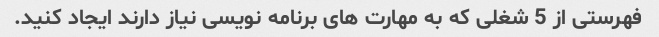
فهرستی از 5 شغلی که به مهارت های برنامه نویسی نیاز دارند ایجاد کنید.